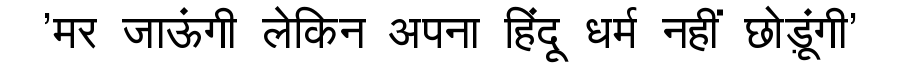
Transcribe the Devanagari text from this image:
'मर जाऊंगी लेकिन अपना हिंदू धर्म नहीं छोड़ूंगी'